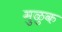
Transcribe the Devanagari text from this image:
मुळुक